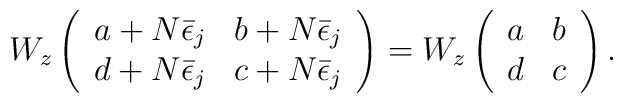
W_{z} \left( \begin{array}{cc}a+N\bar{\epsilon }_j & b+N\bar{\epsilon }_j \\d+N\bar{\epsilon }_j & c+N\bar{\epsilon }_j \end{array} \right) =W_{z} \left( \begin{array}{cc} a & b \\ d & c \end{array} \right) .